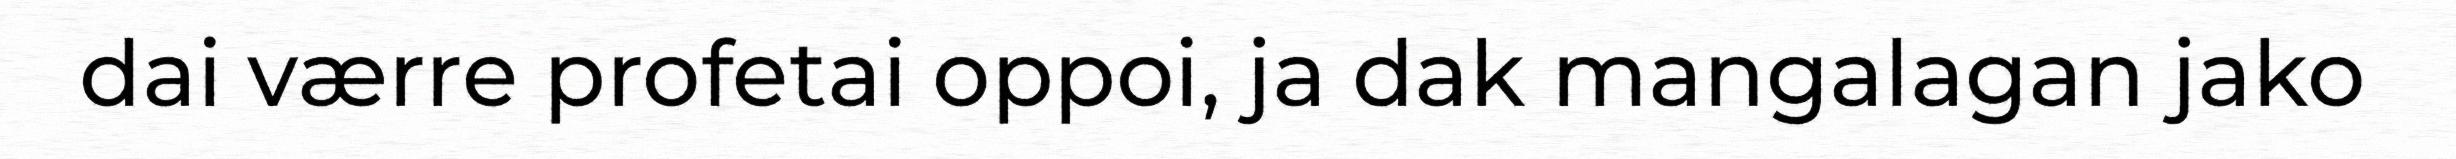
dai værre profetai oppoi, ja dak mangalagan jako